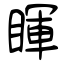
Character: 睴